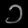
Digit: ၁